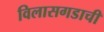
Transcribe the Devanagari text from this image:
विलासगडाची